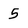
Character: 5